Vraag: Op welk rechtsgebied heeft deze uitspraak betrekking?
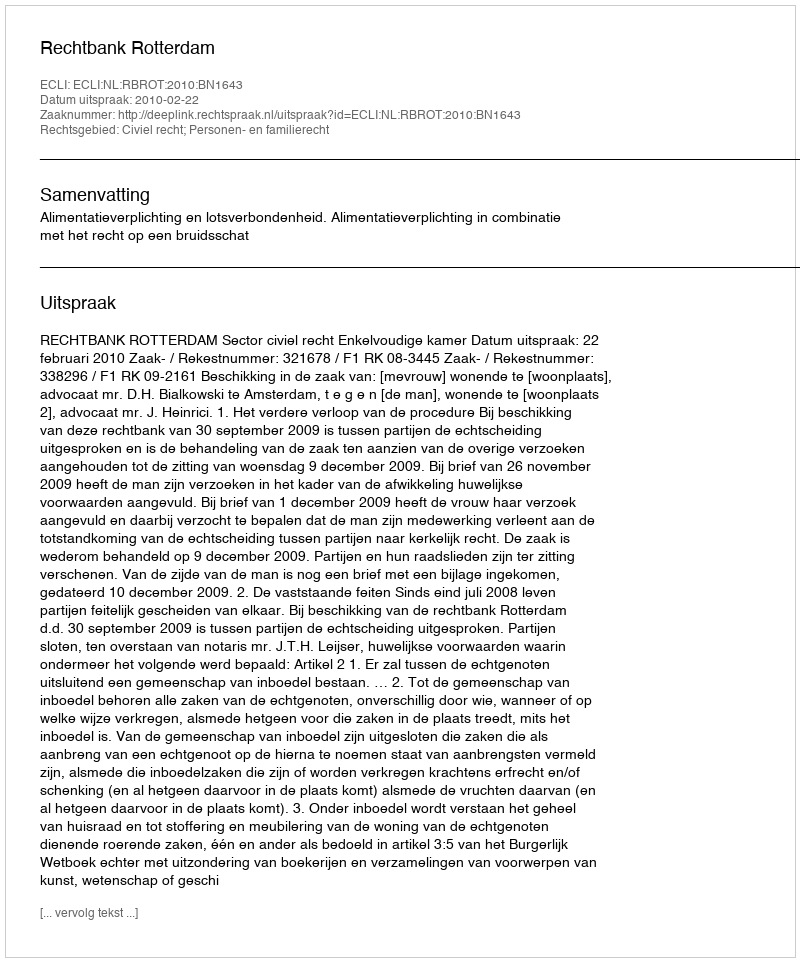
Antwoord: Civiel recht; Personen- en familierecht